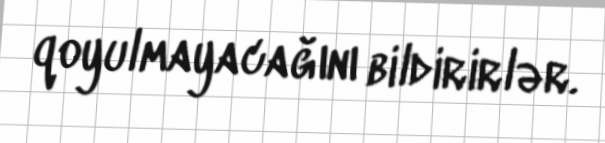
qoyulmayacağını bildirirlər.